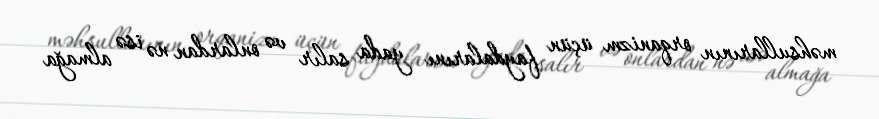
məhsullarının orqanizm üçün faydalarını yada salır və onlardan nə isə almağa